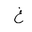
Letter: _gayn